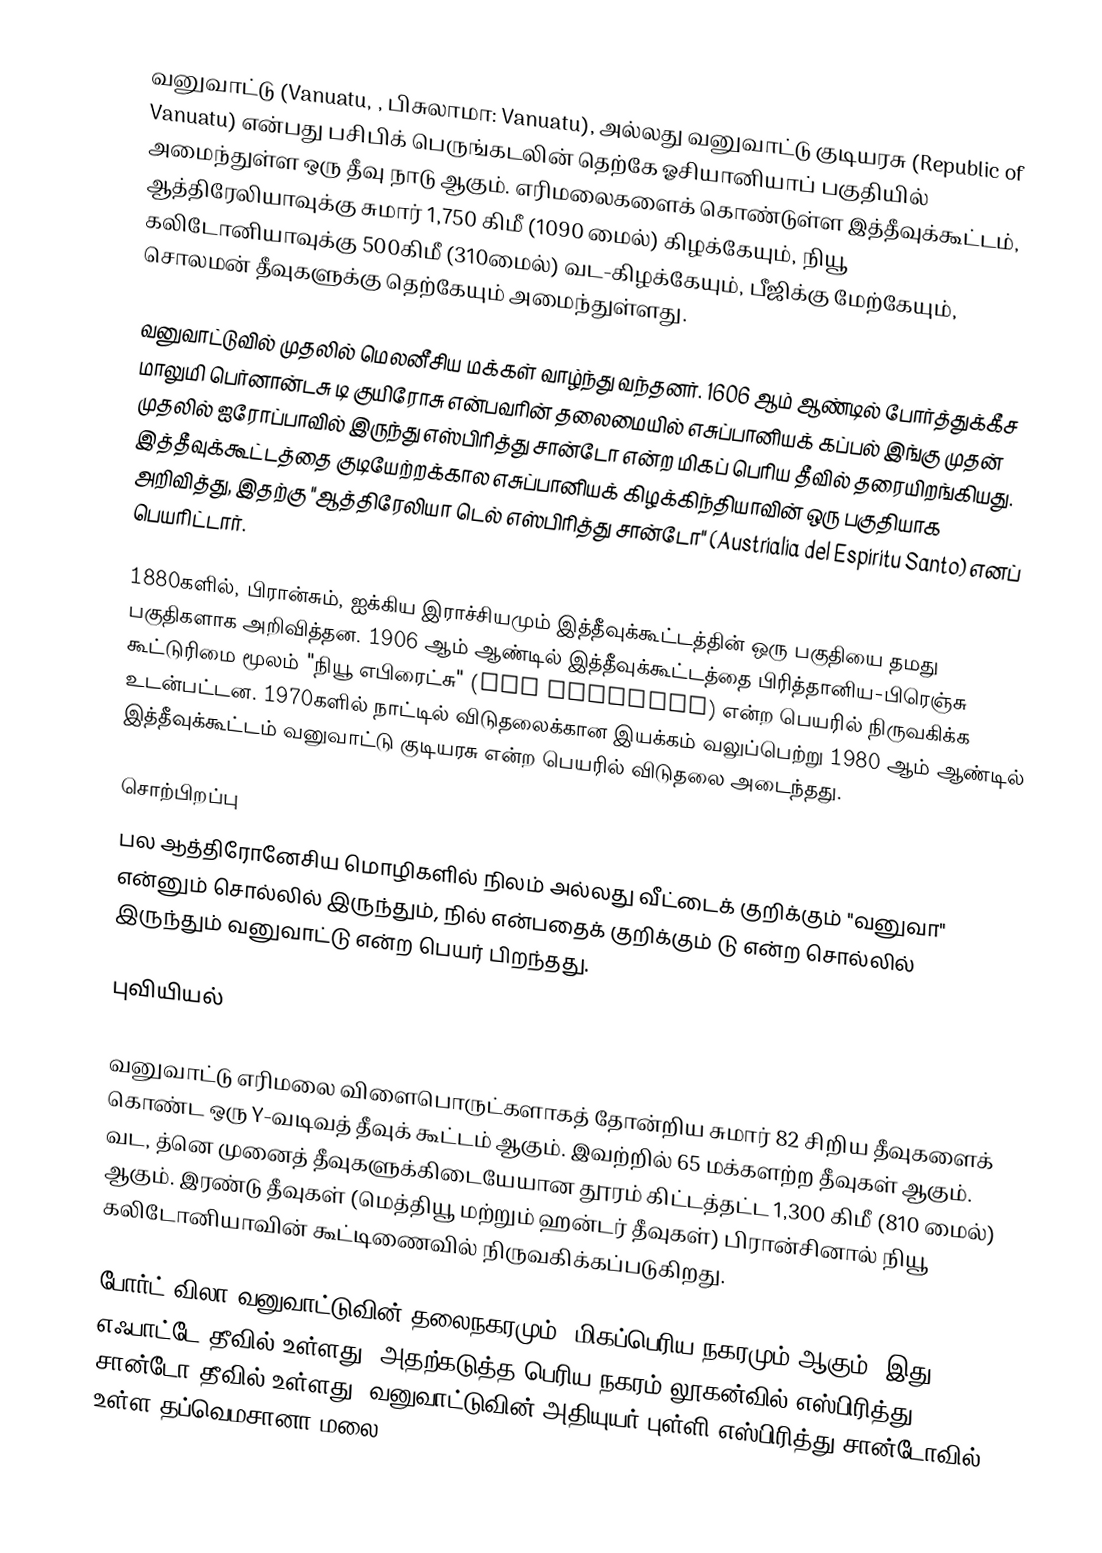
வனுவாட்டு (Vanuatu, , பிசுலாமா: Vanuatu), அல்லது வனுவாட்டு குடியரசு (Republic of Vanuatu) என்பது பசிபிக் பெருங்கடலின் தெற்கே ஓசியானியாப் பகுதியில் அமைந்துள்ள ஒரு தீவு நாடு ஆகும். எரிமலைகளைக் கொண்டுள்ள இத்தீவுக்கூட்டம், ஆத்திரேலியாவுக்கு சுமார் 1,750 கிமீ (1090 மைல்) கிழக்கேயும், நியூ கலிடோனியாவுக்கு 500கிமீ (310மைல்) வட-கிழக்கேயும், பீஜிக்கு மேற்கேயும், சொலமன் தீவுகளுக்கு தெற்கேயும் அமைந்துள்ளது.

வனுவாட்டுவில் முதலில் மெலனீசிய மக்கள் வாழ்ந்து வந்தனர். 1606 ஆம் ஆண்டில் போர்த்துக்கீச மாலுமி பெர்னான்டசு டி குயிரோசு என்பவரின் தலைமையில் எசுப்பானியக் கப்பல் இங்கு முதன் முதலில் ஐரோப்பாவில் இருந்து எஸ்பிரித்து சான்டோ என்ற மிகப் பெரிய தீவில் தரையிறங்கியது. இத்தீவுக்கூட்டத்தை குடியேற்றக்கால எசுப்பானியக் கிழக்கிந்தியாவின் ஒரு பகுதியாக அறிவித்து, இதற்கு "ஆத்திரேலியா டெல் எஸ்பிரித்து சான்டோ" (Austrialia del Espiritu Santo) எனப் பெயரிட்டார்.

1880களில், பிரான்சும், ஐக்கிய இராச்சியமும் இத்தீவுக்கூட்டத்தின் ஒரு பகுதியை தமது பகுதிகளாக அறிவித்தன. 1906 ஆம் ஆண்டில் இத்தீவுக்கூட்டத்தை பிரித்தானிய-பிரெஞ்சு கூட்டுரிமை மூலம் "நியூ எபிரைட்சு" (New Hebrides) என்ற பெயரில் நிருவகிக்க உடன்பட்டன. 1970களில் நாட்டில் விடுதலைக்கான இயக்கம் வலுப்பெற்று 1980 ஆம் ஆண்டில் இத்தீவுக்கூட்டம் வனுவாட்டு குடியரசு என்ற பெயரில் விடுதலை அடைந்தது.

சொற்பிறப்பு
பல ஆத்திரோனேசிய மொழிகளில் நிலம் அல்லது வீட்டைக் குறிக்கும் "வனுவா" என்னும் சொல்லில் இருந்தும், நில் என்பதைக் குறிக்கும் டு என்ற சொல்லில் இருந்தும் வனுவாட்டு என்ற பெயர் பிறந்தது.

புவியியல்

வனுவாட்டு எரிமலை விளைபொருட்களாகத் தோன்றிய சுமார் 82 சிறிய தீவுகளைக் கொண்ட ஒரு Y-வடிவத் தீவுக் கூட்டம் ஆகும். இவற்றில் 65 மக்களற்ற தீவுகள் ஆகும். வட, த்னெ முனைத் தீவுகளுக்கிடையேயான தூரம் கிட்டத்தட்ட 1,300 கிமீ (810 மைல்) ஆகும். இரண்டு தீவுகள் (மெத்தியூ மற்றும் ஹன்டர் தீவுகள்) பிரான்சினால் நியூ கலிடோனியாவின் கூட்டிணைவில் நிருவகிக்கப்படுகிறது.

போர்ட் விலா வனுவாட்டுவின் தலைநகரமும், மிகப்பெரிய நகரமும் ஆகும். இது எஃபாட்டே தீவில் உள்ளது. அதற்கடுத்த பெரிய நகரம் லூகன்வில் எஸ்பிரித்து சான்டோ தீவில் உள்ளது. வனுவாட்டுவின் அதியுயர் புள்ளி எஸ்பிரித்து சான்டோவில் உள்ள தப்வெமசானா மலை